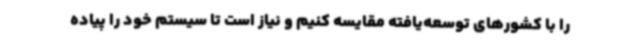
را با کشورهای توسعه‌یافته مقایسه کنیم و نیاز است تا سیستم خود را پیاده